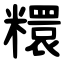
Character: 糫